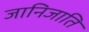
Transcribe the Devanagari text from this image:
जानिजाति